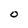
Character: 0